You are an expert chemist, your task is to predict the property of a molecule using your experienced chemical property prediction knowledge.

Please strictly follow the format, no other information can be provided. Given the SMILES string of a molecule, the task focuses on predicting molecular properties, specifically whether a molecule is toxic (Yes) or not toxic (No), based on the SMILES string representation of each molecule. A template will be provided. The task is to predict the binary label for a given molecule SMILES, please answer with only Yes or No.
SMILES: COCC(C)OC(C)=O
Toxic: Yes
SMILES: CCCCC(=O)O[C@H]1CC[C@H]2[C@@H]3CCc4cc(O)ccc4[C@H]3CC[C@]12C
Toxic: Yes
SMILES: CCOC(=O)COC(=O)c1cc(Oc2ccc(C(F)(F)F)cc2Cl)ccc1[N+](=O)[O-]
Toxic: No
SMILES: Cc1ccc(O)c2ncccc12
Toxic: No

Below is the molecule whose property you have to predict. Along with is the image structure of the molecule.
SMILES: C[C@H]1O[C@@H](O[C@H]2[C@@H](O)C[C@H](O[C@H]3CC[C@]4(C)[C@H]5C[C@@H](O)[C@]6(C)[C@@H](C7=CC(=O)OC7)CC[C@]6(O)[C@@H]5CC[C@@H]4C3)O[C@@H]2C)C[C@H](O)[C@@H]1O[C@H]1C[C@H](O)[C@H](O[C@@H]2O[C@H](CO)[C@@H](O)[C@H](O)[C@H]2O)[C@@H](C)O1
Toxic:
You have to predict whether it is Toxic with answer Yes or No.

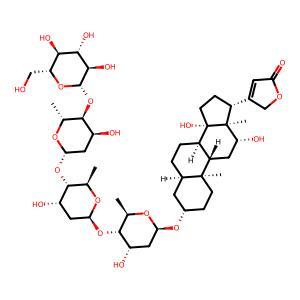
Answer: No